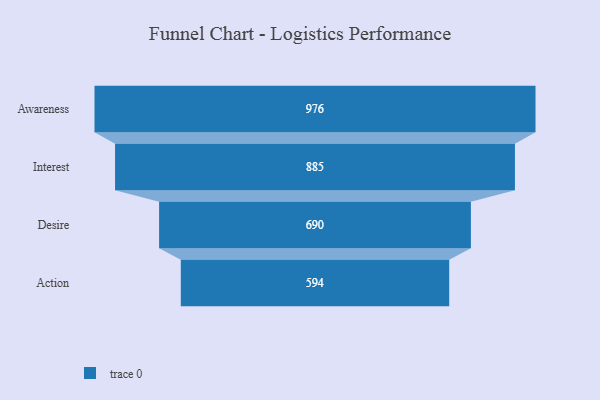
{"axis": {"x": "Stage", "y": "Value"}, "legend": [""], "data": [{"x": "Awareness", "y": 976.0, "type": ""}, {"x": "Interest", "y": 885.0, "type": ""}, {"x": "Desire", "y": 690.0, "type": ""}, {"x": "Action", "y": 594.0, "type": ""}]}